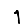
Digit: 1